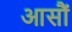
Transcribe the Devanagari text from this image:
आसौं